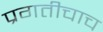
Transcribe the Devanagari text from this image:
प्रगतीचाच